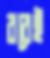
রবেই